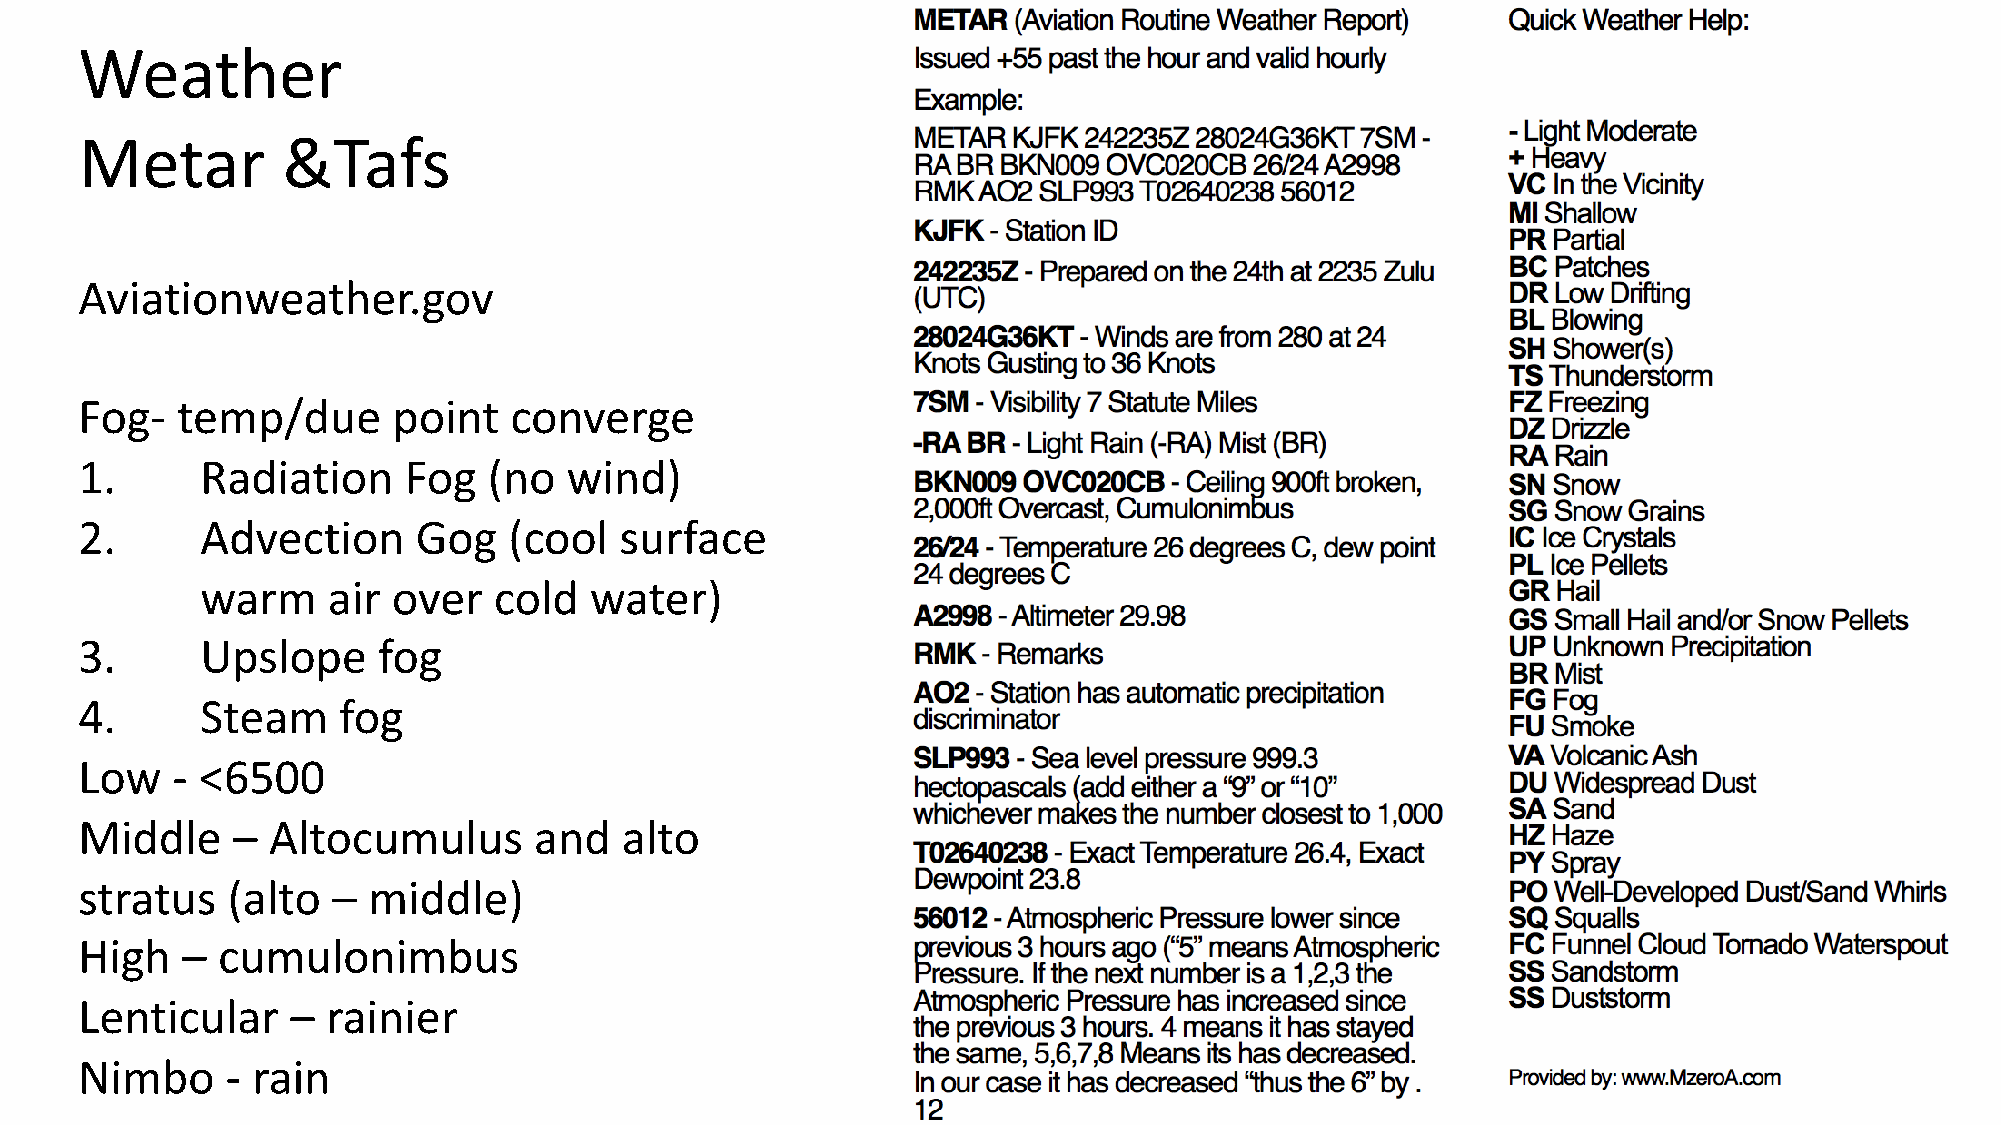
Weather
 Metar         &Tafs
 Aviationweather.gov
 Fog-   temp/due      point   converge
 1.      Radiation     Fog  (no  wind)
 2.      Advection      Gog   (cool  surface
 warm     air over   cold  water)
 3.      Upslope     fog
 4.      Steam    fog
 Low   - <6500
 Middle    –  Altocumulus      and   alto
 stratus   (alto  – middle)
 High   – cumulonimbus
 Lenticular    –  rainier
 Nimbo     - rain